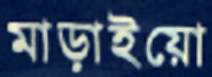
মাড়াইয়ো